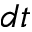
d t